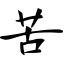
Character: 苦